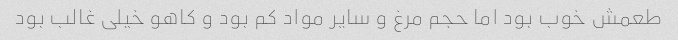
طعمش خوب بود اما حجم مرغ و سایر مواد کم بود و کاهو خیلی غالب بود